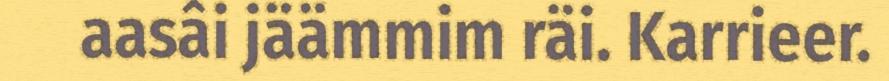
aasâi jäämmim räi. Karrieer.